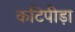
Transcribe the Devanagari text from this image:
कटिपीड़ा